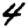
Digit: 4